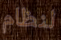
لنظام